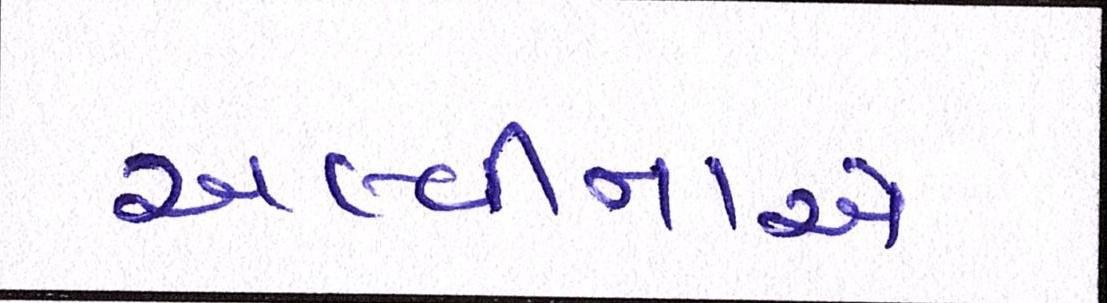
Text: અલ્વીનાએ